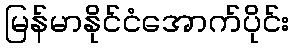
မြန်မာနိုင်ငံအောက်ပိုင်း